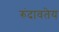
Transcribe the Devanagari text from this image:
रुंदावतेय